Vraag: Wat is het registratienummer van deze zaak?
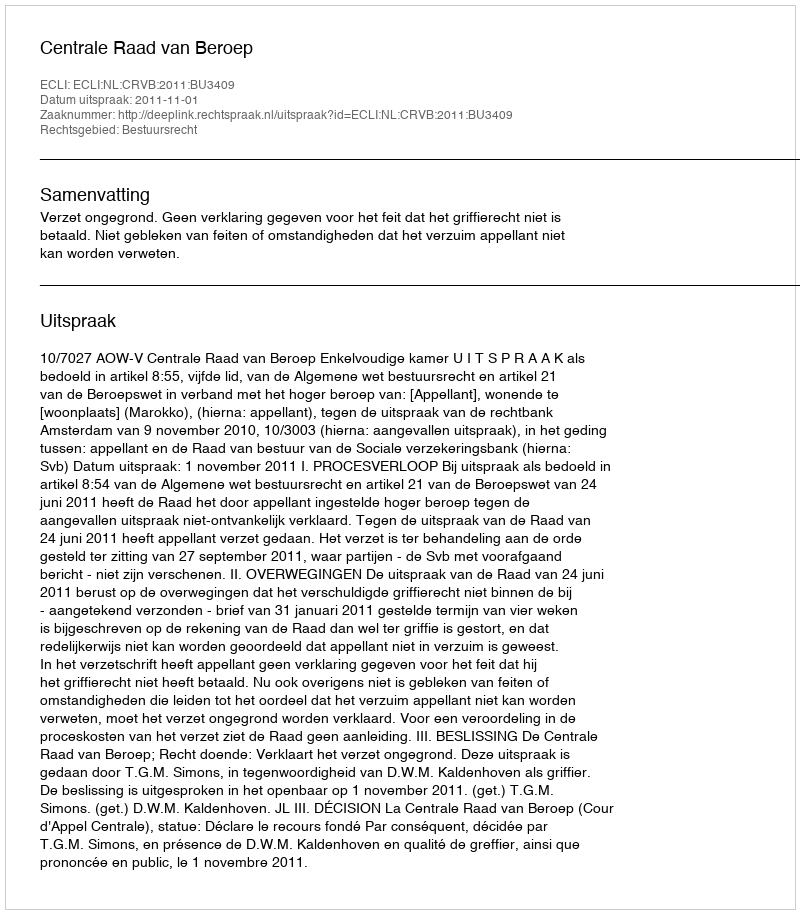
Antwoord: http://deeplink.rechtspraak.nl/uitspraak?id=ECLI:NL:CRVB:2011:BU3409